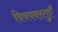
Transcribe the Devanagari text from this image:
विषयवस्तुएँ